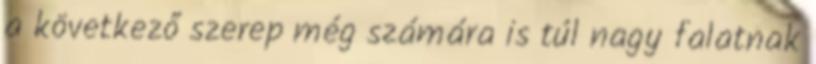
a következő szerep még számára is túl nagy falatnak